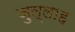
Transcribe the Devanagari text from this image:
ज़ुल्लाह